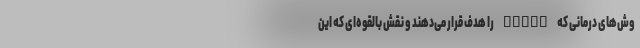
وش‌های درمانی که STING را هدف قرار می‌دهند و نقش بالقوه‌ای که این